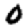
Digit: 0